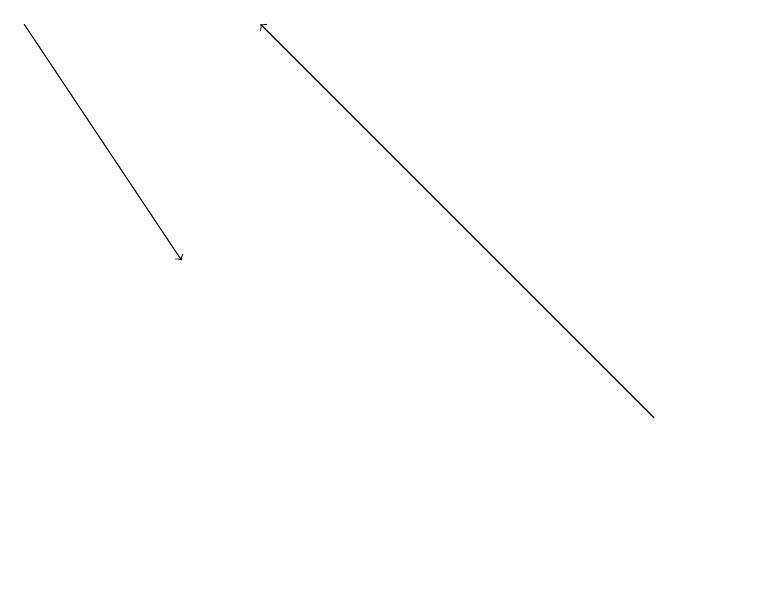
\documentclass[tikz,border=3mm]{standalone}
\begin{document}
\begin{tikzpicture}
\draw (10,12) circle (0);
\draw[->] (1,19) -- (3,16);
\draw[->] (9,14) -- (4,19);
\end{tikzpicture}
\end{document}